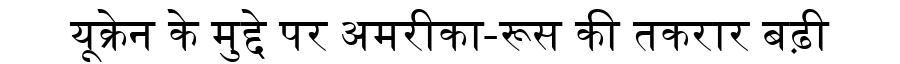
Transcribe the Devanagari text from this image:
यूक्रेन के मुद्दे पर अमरीका-रूस की तकरार बढ़ी